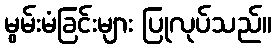
မွမ်းမံခြင်းများ ပြုလုပ်သည်။